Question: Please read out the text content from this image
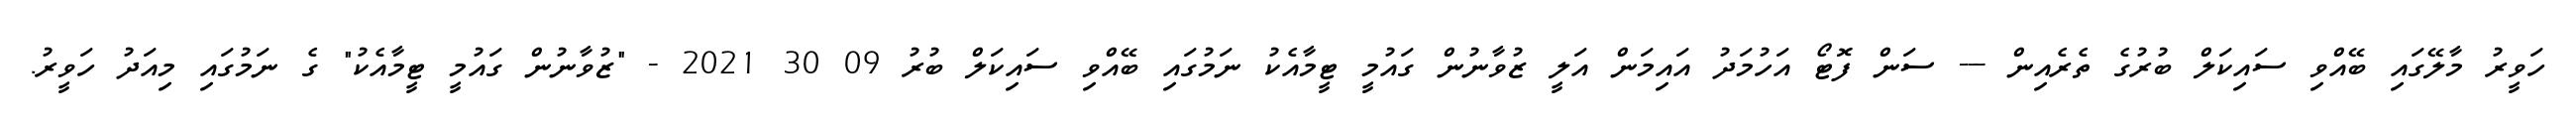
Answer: ހަވީރު މާލޭގައި ބޭއްވި ސައިކަލް ބުރުގެ ތެރެއިން --- ސަން ފޮޓޯ އަހުމަދު އައިމަން އަލީ ޒުވާނުން ގައުމީ ޓީމާއެކު ނަމުގައި ބޭއްވި ސައިކަލް ބުރު 09 30 2021 - "ޒުވާނުން ގައުމީ ޓީމާއެކު" ގެ ނަމުގައި މިއަދު ހަވީރު.